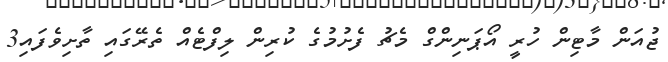
ޖުއަން މާޓިން ހުރީ އޯޕަނިންގް މެޗު ފެށުމުގެ ކުރިން ލިފްޓެއް ތެރޭގައި ތާށިވެފައި3